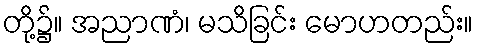
တို့၌။ အညာဏံ၊ မသိခြင်း မောဟတည်း။